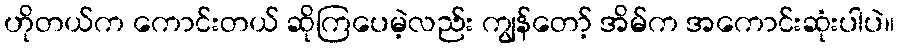
ဟိုတယ်က ကောင်းတယ် ဆိုကြပေမဲ့လည်း ကျွန်တော့် အိမ်က အကောင်းဆုံးပါပဲ။